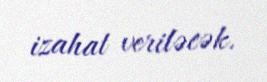
izahat veriləcək.